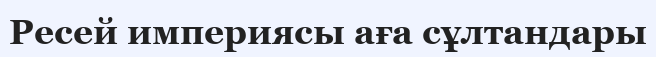
Ресей империясы аға сұлтандары